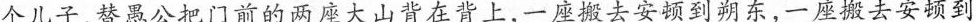
个儿子，替愚公把门前的两座大山背在背上，一座搬去安顿到朔东，一座搬去安顿到